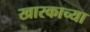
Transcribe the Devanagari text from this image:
खारकाच्या